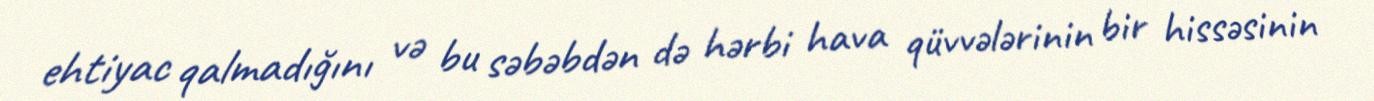
ehtiyac qalmadığını və bu səbəbdən də hərbi hava qüvvələrinin bir hissəsinin